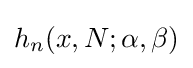
h_{n}(x,N;\alpha ,\beta )